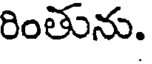
రింతును.